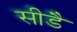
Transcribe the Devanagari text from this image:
सीडै